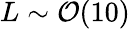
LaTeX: L\sim\mathcal{O}(10)